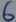
Text: 6